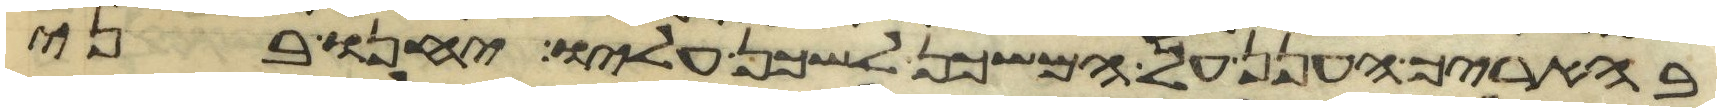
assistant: בהאריך הענן על המשכן לשכן עליו יחנו בני